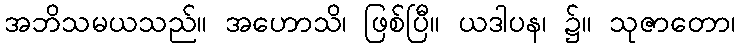
အဘိသမယသည်။ အဟောသိ၊ ဖြစ်ပြီ။ ယဒါပန၊ ၌။ သုဇာတော၊